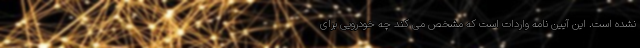
نشده است. این آیین نامه واردات است که مشخص می کند چه خودرویی برای